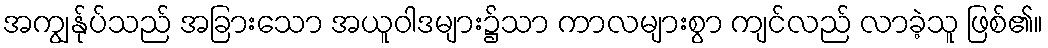
အကျွန်ုပ်သည် အခြားသော အယူဝါဒများ၌သာ ကာလများစွာ ကျင်လည် လာခဲ့သူ ဖြစ်၏။